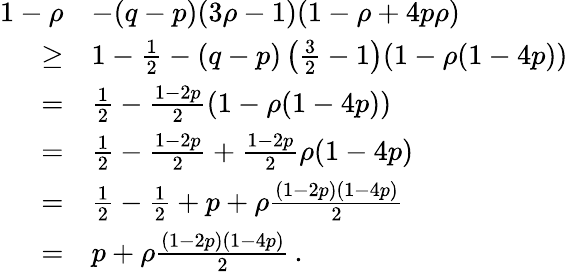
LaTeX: \begin{array}{rl}{1-\rho}&{-(q-p)(3\rho-1)(1-\rho+4p\rho)}\\ {\ge}&{1-\frac{1}{2}-(q-p)\left(\frac{3}{2}-1\right)(1-\rho(1-4p))}\\ {=}&{\frac{1}{2}-\frac{1-2p}{2}(1-\rho(1-4p))}\\ {=}&{\frac{1}{2}-\frac{1-2p}{2}+\frac{1-2p}{2}\rho(1-4p)}\\ {=}&{\frac{1}{2}-\frac{1}{2}+p+\rho\frac{(1-2p)(1-4p)}{2}}\\ {=}&{p+\rho\frac{(1-2p)(1-4p)}{2}\, .}\end{array}